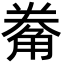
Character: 觠